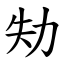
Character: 劮